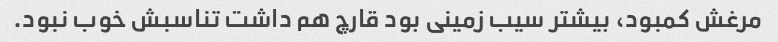
مرغش کمبود، بیشتر سیب زمینی بود قارچ هم داشت تناسبش خوب نبود.